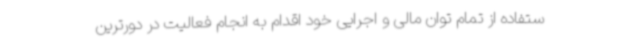
ستفاده از تمام توان مالی و اجرایی خود اقدام به انجام فعالیت در دورترین